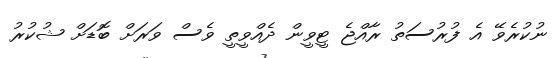
ނުކުރެވޭ އެ ފުރުސަތު ރާއްޖެ ޓީވީން ދެއްވީތީ ވެސް ވަރަށް ބޮޑަށް ޝުކުރު